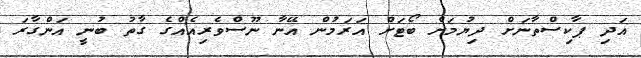
އަދި ޕާކިސްތާނަށް ދިޔުމަށް ބޯޓަށް އަރަމުން އޭނާ ނޫސްވެރިއެއްގެ ގާތު ބުނީ އަންގާރަ